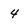
Character: 4